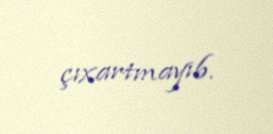
çıxartmayıb.